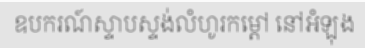
ឧបករណ៍ស្ទាបស្ទង់លំហូរកម្តៅ នៅអំឡុង